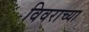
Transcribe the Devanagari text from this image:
विवराच्या